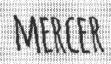
MERCER